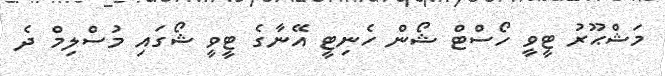
މަޝްޙޫރު ޓީވީ ހޯސްޓް ޝޯން ހެނިޓީ އޭނާގެ ޓީވީ ޝޯގައި މުސްލިމް ދެ